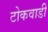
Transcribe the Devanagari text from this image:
टोकवाडी